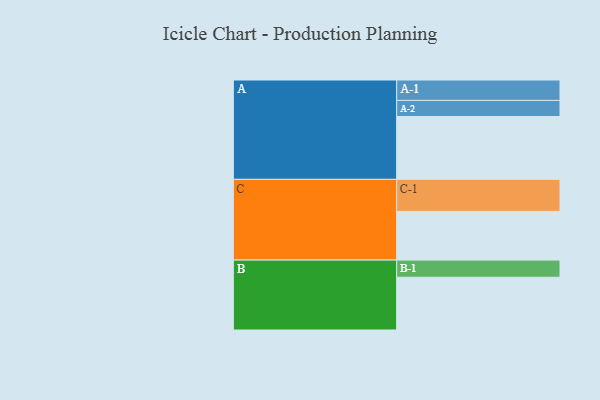
{"axis": {"x": "Segment", "y": "Value"}, "legend": ["", "A", "B", "C"], "data": [{"x": "A", "y": 391, "type": ""}, {"x": "B", "y": 328, "type": ""}, {"x": "C", "y": 303, "type": ""}, {"x": "A-1", "y": 127, "type": "A"}, {"x": "A-2", "y": 100, "type": "A"}, {"x": "B-1", "y": 107, "type": "B"}, {"x": "C-1", "y": 199, "type": "C"}]}